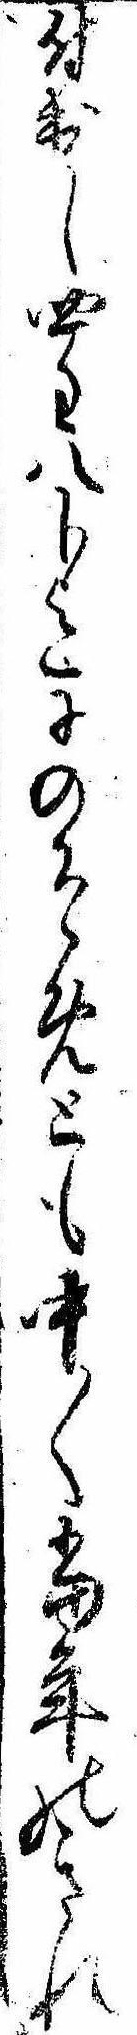
付出し四匁八分迄にのそめとも中〱当年のきれ